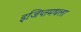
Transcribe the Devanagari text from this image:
इजिप्तमधला